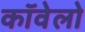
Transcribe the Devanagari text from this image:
कॉवेलो